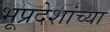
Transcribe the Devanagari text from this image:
भूप्रदेशांच्या